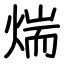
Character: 煓